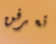
تعرفن